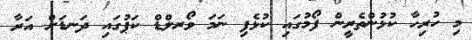
މި ހުރިހާ ކުޅުންތެރީން ފޯމުގައި ކުޅެފި ނަމަ ވޯރލްޑް ކަޕުގައި ދަނޑަށް އަރާ